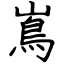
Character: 嶌